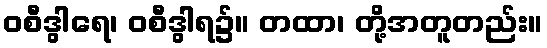
ဝစီဒွါရေ၊ ဝစီဒွါရ၌။ တထာ၊ တို့အတူတည်း။